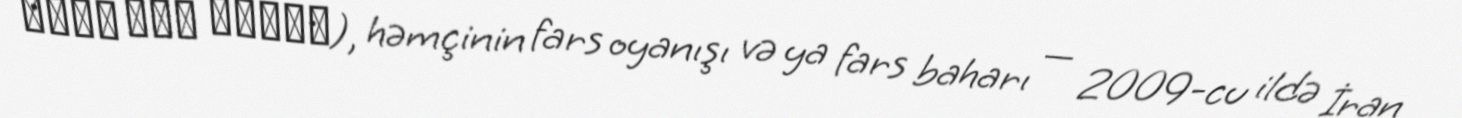
جنبش سبز ایران), həmçinin fars oyanışı və ya fars baharı — 2009-cu ildə İran